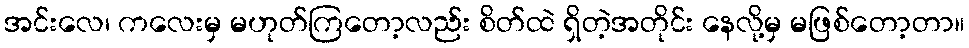
အင်းလေ၊ ကလေးမှ မဟုတ်ကြတော့လည်း စိတ်ထဲ ရှိတဲ့အတိုင်း နေလို့မှ မဖြစ်တော့တာ။